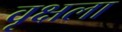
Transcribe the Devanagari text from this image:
वृक्षला